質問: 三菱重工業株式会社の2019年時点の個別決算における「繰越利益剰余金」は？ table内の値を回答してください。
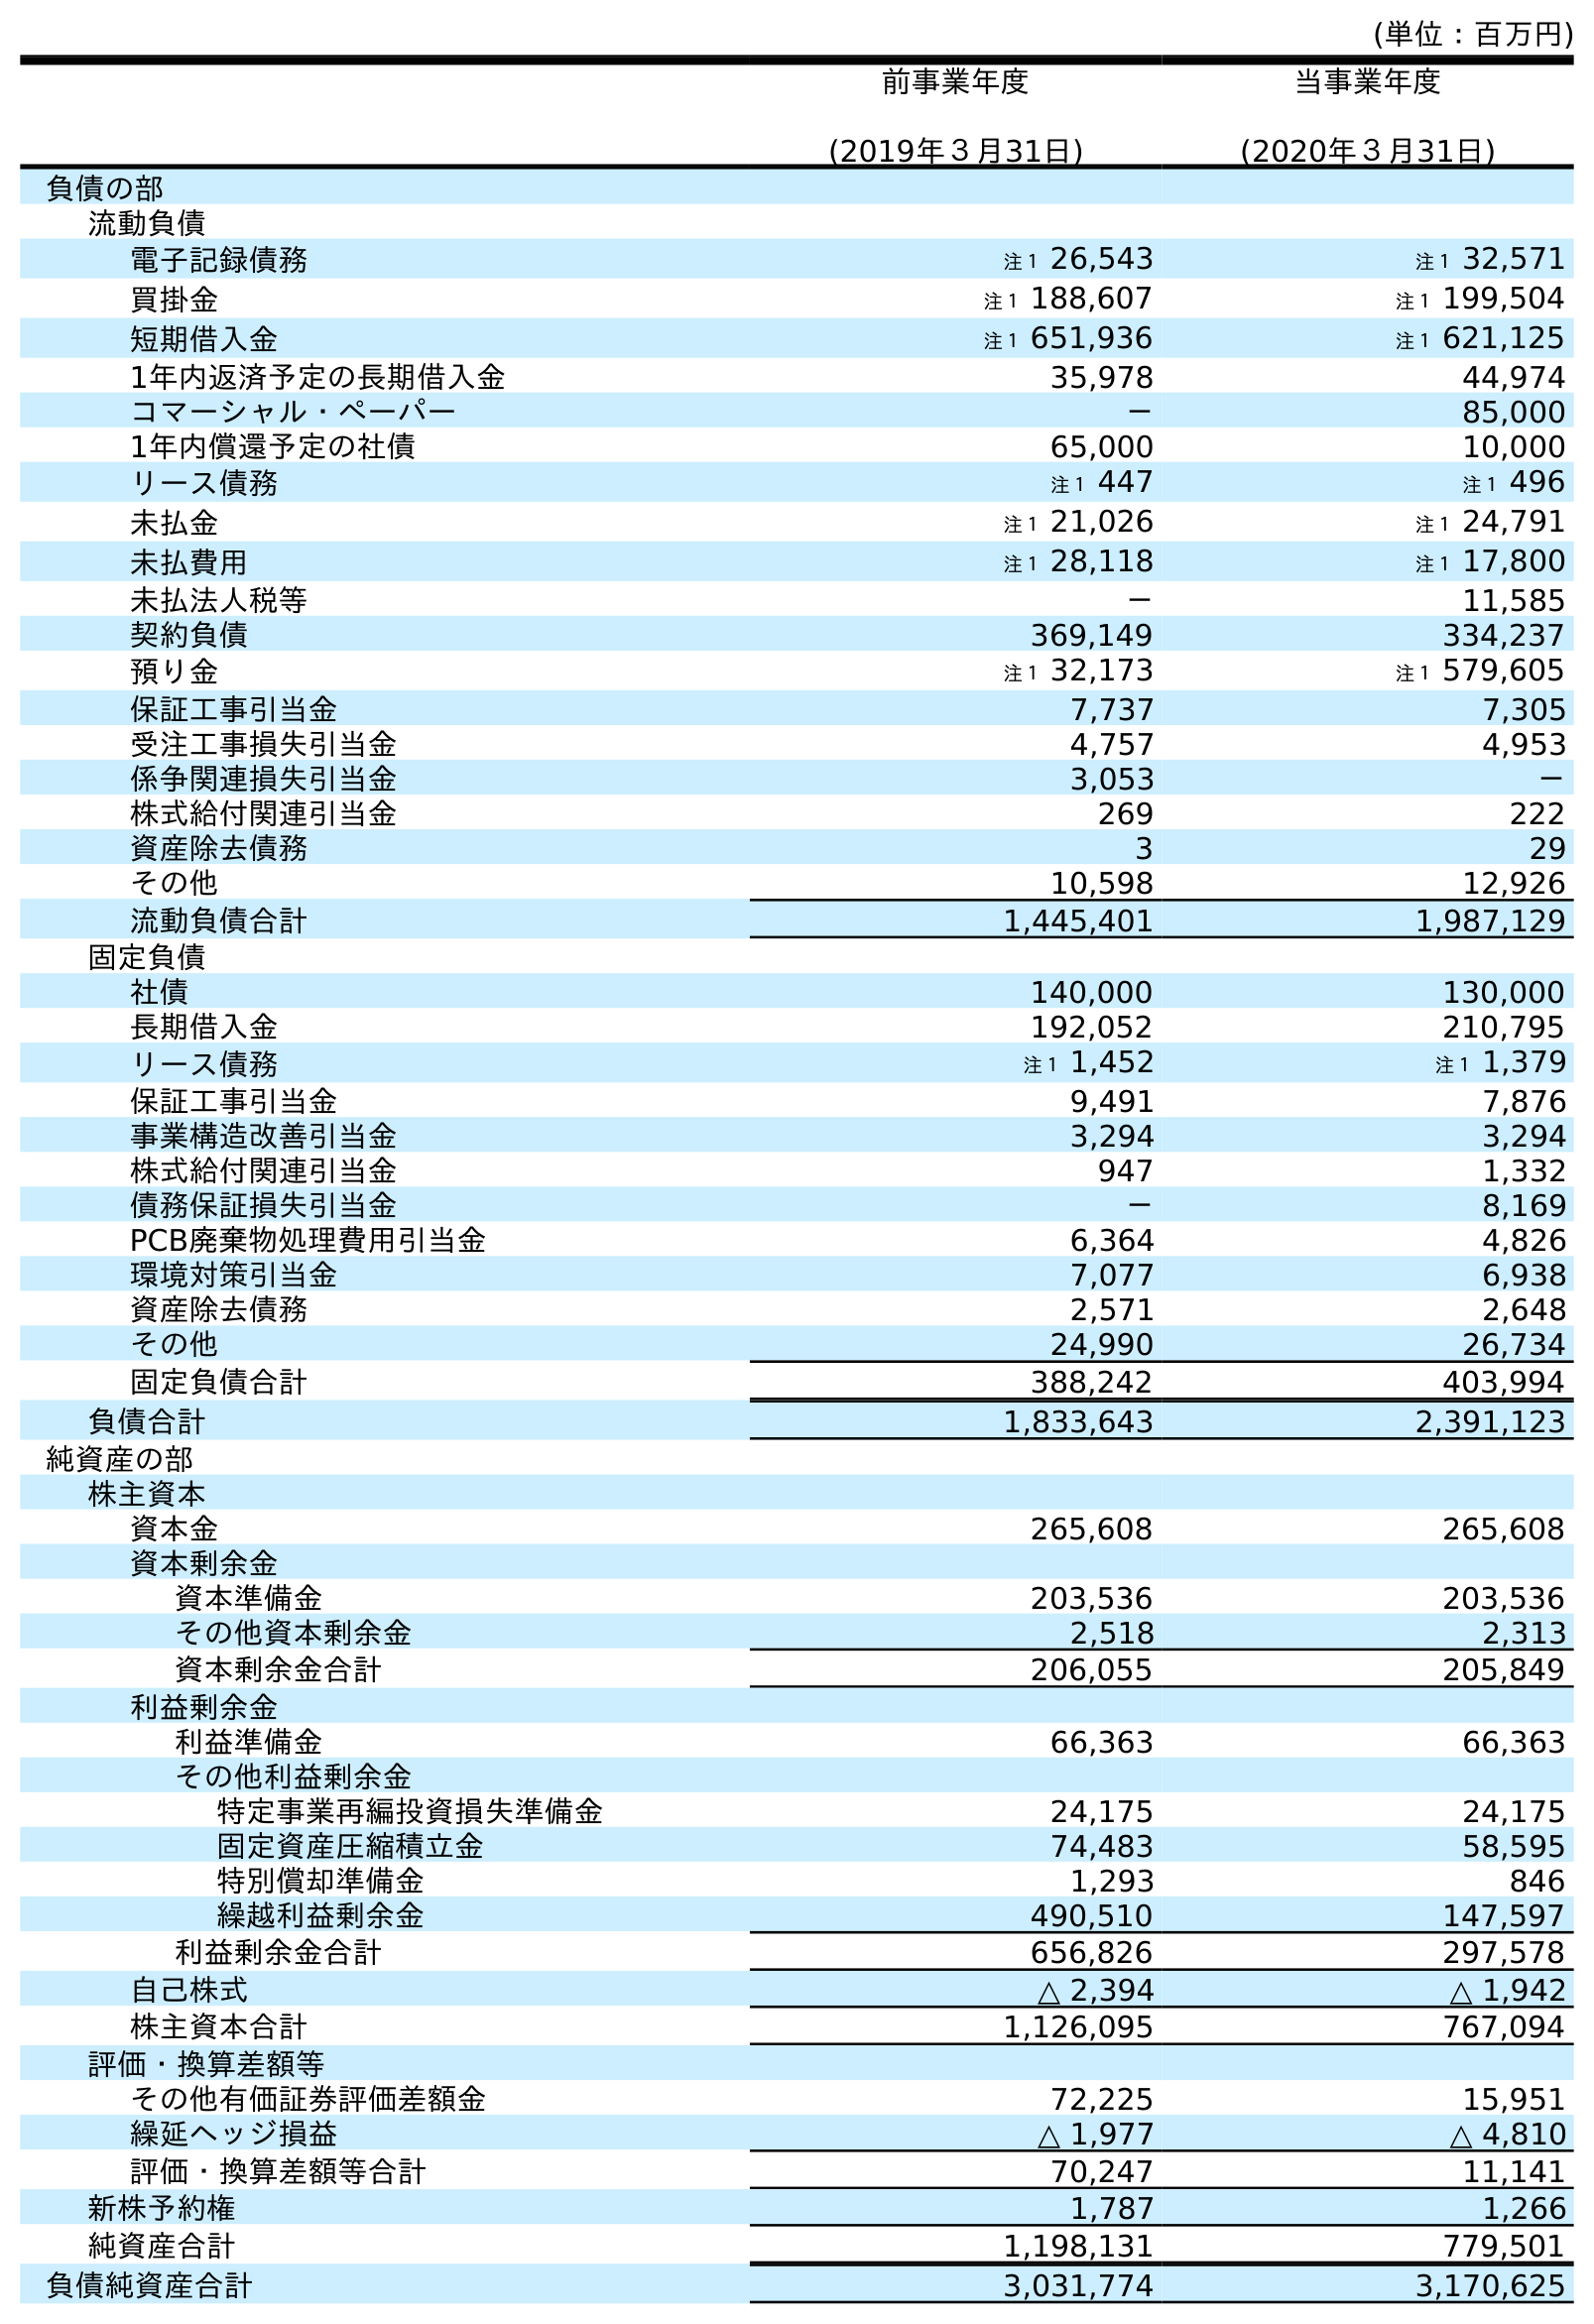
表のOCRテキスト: (単位：百万円) 前事業年度 (2019年３月31日) 当事業年度 (2020年３月31日) 負債の部 流動負債 電子記録債務 注１ 26,543 注１ 32,571 買掛金 注１ 188,607 注１ 199,504 短期借入金 注１ 651,936 注１ 621,125 1年内返済予定の長期借入金 35,978 44,974 コマーシャル・ペーパー － 85,000 1年内償還予定の社債 65,000 10,000 リース債務 注１ 447 注１ 496 未払金 注１ 21,026 注１ 24,791 未払費用 注１ 28,118 注１ 17,800 未払法人税等 － 11,585 契約負債 369,149 334,237 預り金 注１ 32,173 注１ 579,605 保証工事引当金 7,737 7,305 受注工事損失引当金 4,757 4,953 係争関連損失引当金 3,053 － 株式給付関連引当金 269 222 資産除去債務 3 29 その他 10,598 12,926 流動負債合計 1,445,401 1,987,129 固定負債 社債 140,000 130,000 長期借入金 192,052 210,795 リース債務 注１ 1,452 注１ 1,379 保証工事引当金 9,491 7,876 事業構造改善引当金 3,294 3,294 株式給付関連引当金 947 1,332 債務保証損失引当金 － 8,169 PCB廃棄物処理費用引当金 6,364 4,826 環境対策引当金 7,077 6,938 資産除去債務 2,571 2,648 その他 24,990 26,734 固定負債合計 388,242 403,994 負債合計 1,833,643 2,391,123 純資産の部 株主資本 資本金 265,608 265,608 資本剰余金 資本準備金 203,536 203,536 その他資本剰余金 2,518 2,313 資本剰余金合計 206,055 205,849 利益剰余金 利益準備金 66,363 66,363 その他利益剰余金 特定事業再編投資損失準備金 24,175 24,175 固定資産圧縮積立金 74,483 58,595 特別償却準備金 1,293 846 繰越利益剰余金 490,510 147,597 利益剰余金合計 656,826 297,578 自己株式 △ 2,394 △ 1,942 株主資本合計 1,126,095 767,094 評価・換算差額等 その他有価証券評価差額金 72,225 15,951 繰延ヘッジ損益 △ 1,977 △ 4,810 評価・換算差額等合計 70,247 11,141 新株予約権 1,787 1,266 純資産合計 1,198,131 779,501 負債純資産合計 3,031,774 3,170,625
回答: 490,510